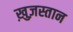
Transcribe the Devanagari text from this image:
ख़ुज़स्तान